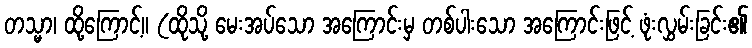
တသ္မာ၊ ထို့ကြောင့်။ (ထိုသို့ မေးအပ်သော အကြောင်းမှ တစ်ပါးသော အကြောင်းဖြင့် ဖုံးလွှမ်းခြင်း၏